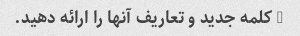
3 کلمه جدید و تعاریف آنها را ارائه دهید.